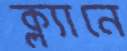
ক্ল্যানে